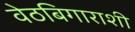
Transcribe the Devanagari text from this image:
वेठबिगाराशी